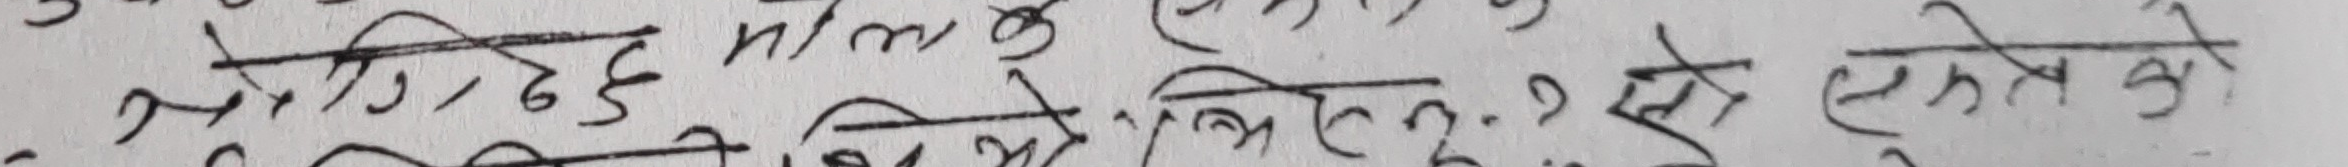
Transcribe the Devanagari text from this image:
गरिन्छ भलमा के ? यि छिनको ? ले सक्ने ?